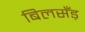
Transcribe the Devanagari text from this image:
बिलसँड़